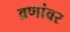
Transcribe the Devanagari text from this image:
व्रणांवर